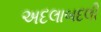
અદલાબદલી